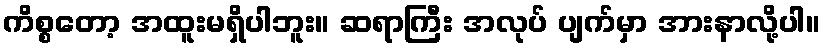
ကိစ္စတော့ အထူးမရှိပါဘူး။ ဆရာကြီး အလုပ် ပျက်မှာ အားနာလို့ပါ။